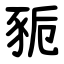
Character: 䝈